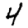
Digit: 4